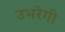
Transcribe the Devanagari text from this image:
उभरेगी